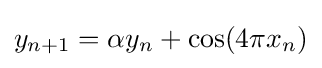
y_{n+1}=\alpha y_{n}+\cos(4\pi x_{n})